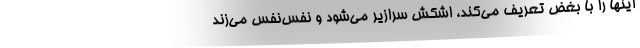
اینها را با بغض تعریف می‌کند، اشکش سرازیر می‌شود و نفس‌نفس می‌زند